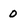
Character: 0